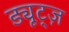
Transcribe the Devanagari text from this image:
ड्यूट्ज़